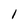
Character: 1